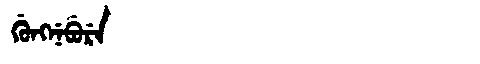
Manchu: ᡤᡠᠩᠨᡝᠪᡠᡵᡝ
Romanization: GUNGNEBURE